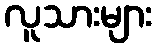
လူသားများ